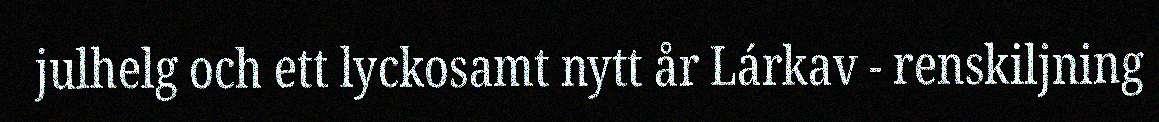
julhelg och ett lyckosamt nytt år Lárkav - renskiljning